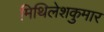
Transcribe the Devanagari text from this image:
मिथिलेशकुमार